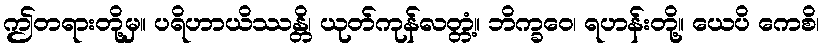
ဤတရားတို့မှ။ ပရိဟာယိဿန္တိ၊ ယုတ်ကုန်လတ္တံ့။ ဘိက္ခဝေ၊ ရဟန်းတို့။ ယေပိ ကေစိ၊